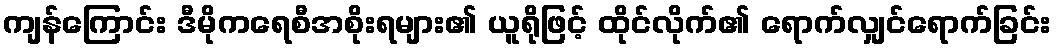
ကျန်ကြောင်း ဒီမိုကရေစီအစိုးရများ၏ ယူရိုဖြင့် ထိုင်လိုက်၏ ရောက်လျှင်ရောက်ခြင်း